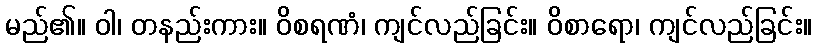
မည်၏။ ဝါ၊ တနည်းကား။ ဝိစရဏံ၊ ကျင်လည်ခြင်း။ ဝိစာရော၊ ကျင်လည်ခြင်း။